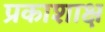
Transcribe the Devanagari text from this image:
प्रकाशाक्ष